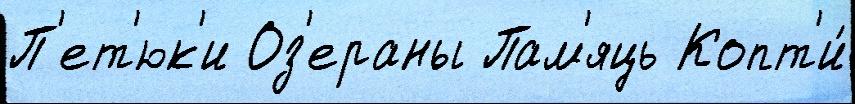
П'ет'юк'и Оз'ераны Пам'яць Копт'и́